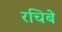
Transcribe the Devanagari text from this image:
रचिबे